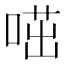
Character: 𠷅